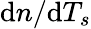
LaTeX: \mathrm{d}n/\mathrm{d}T_{s}